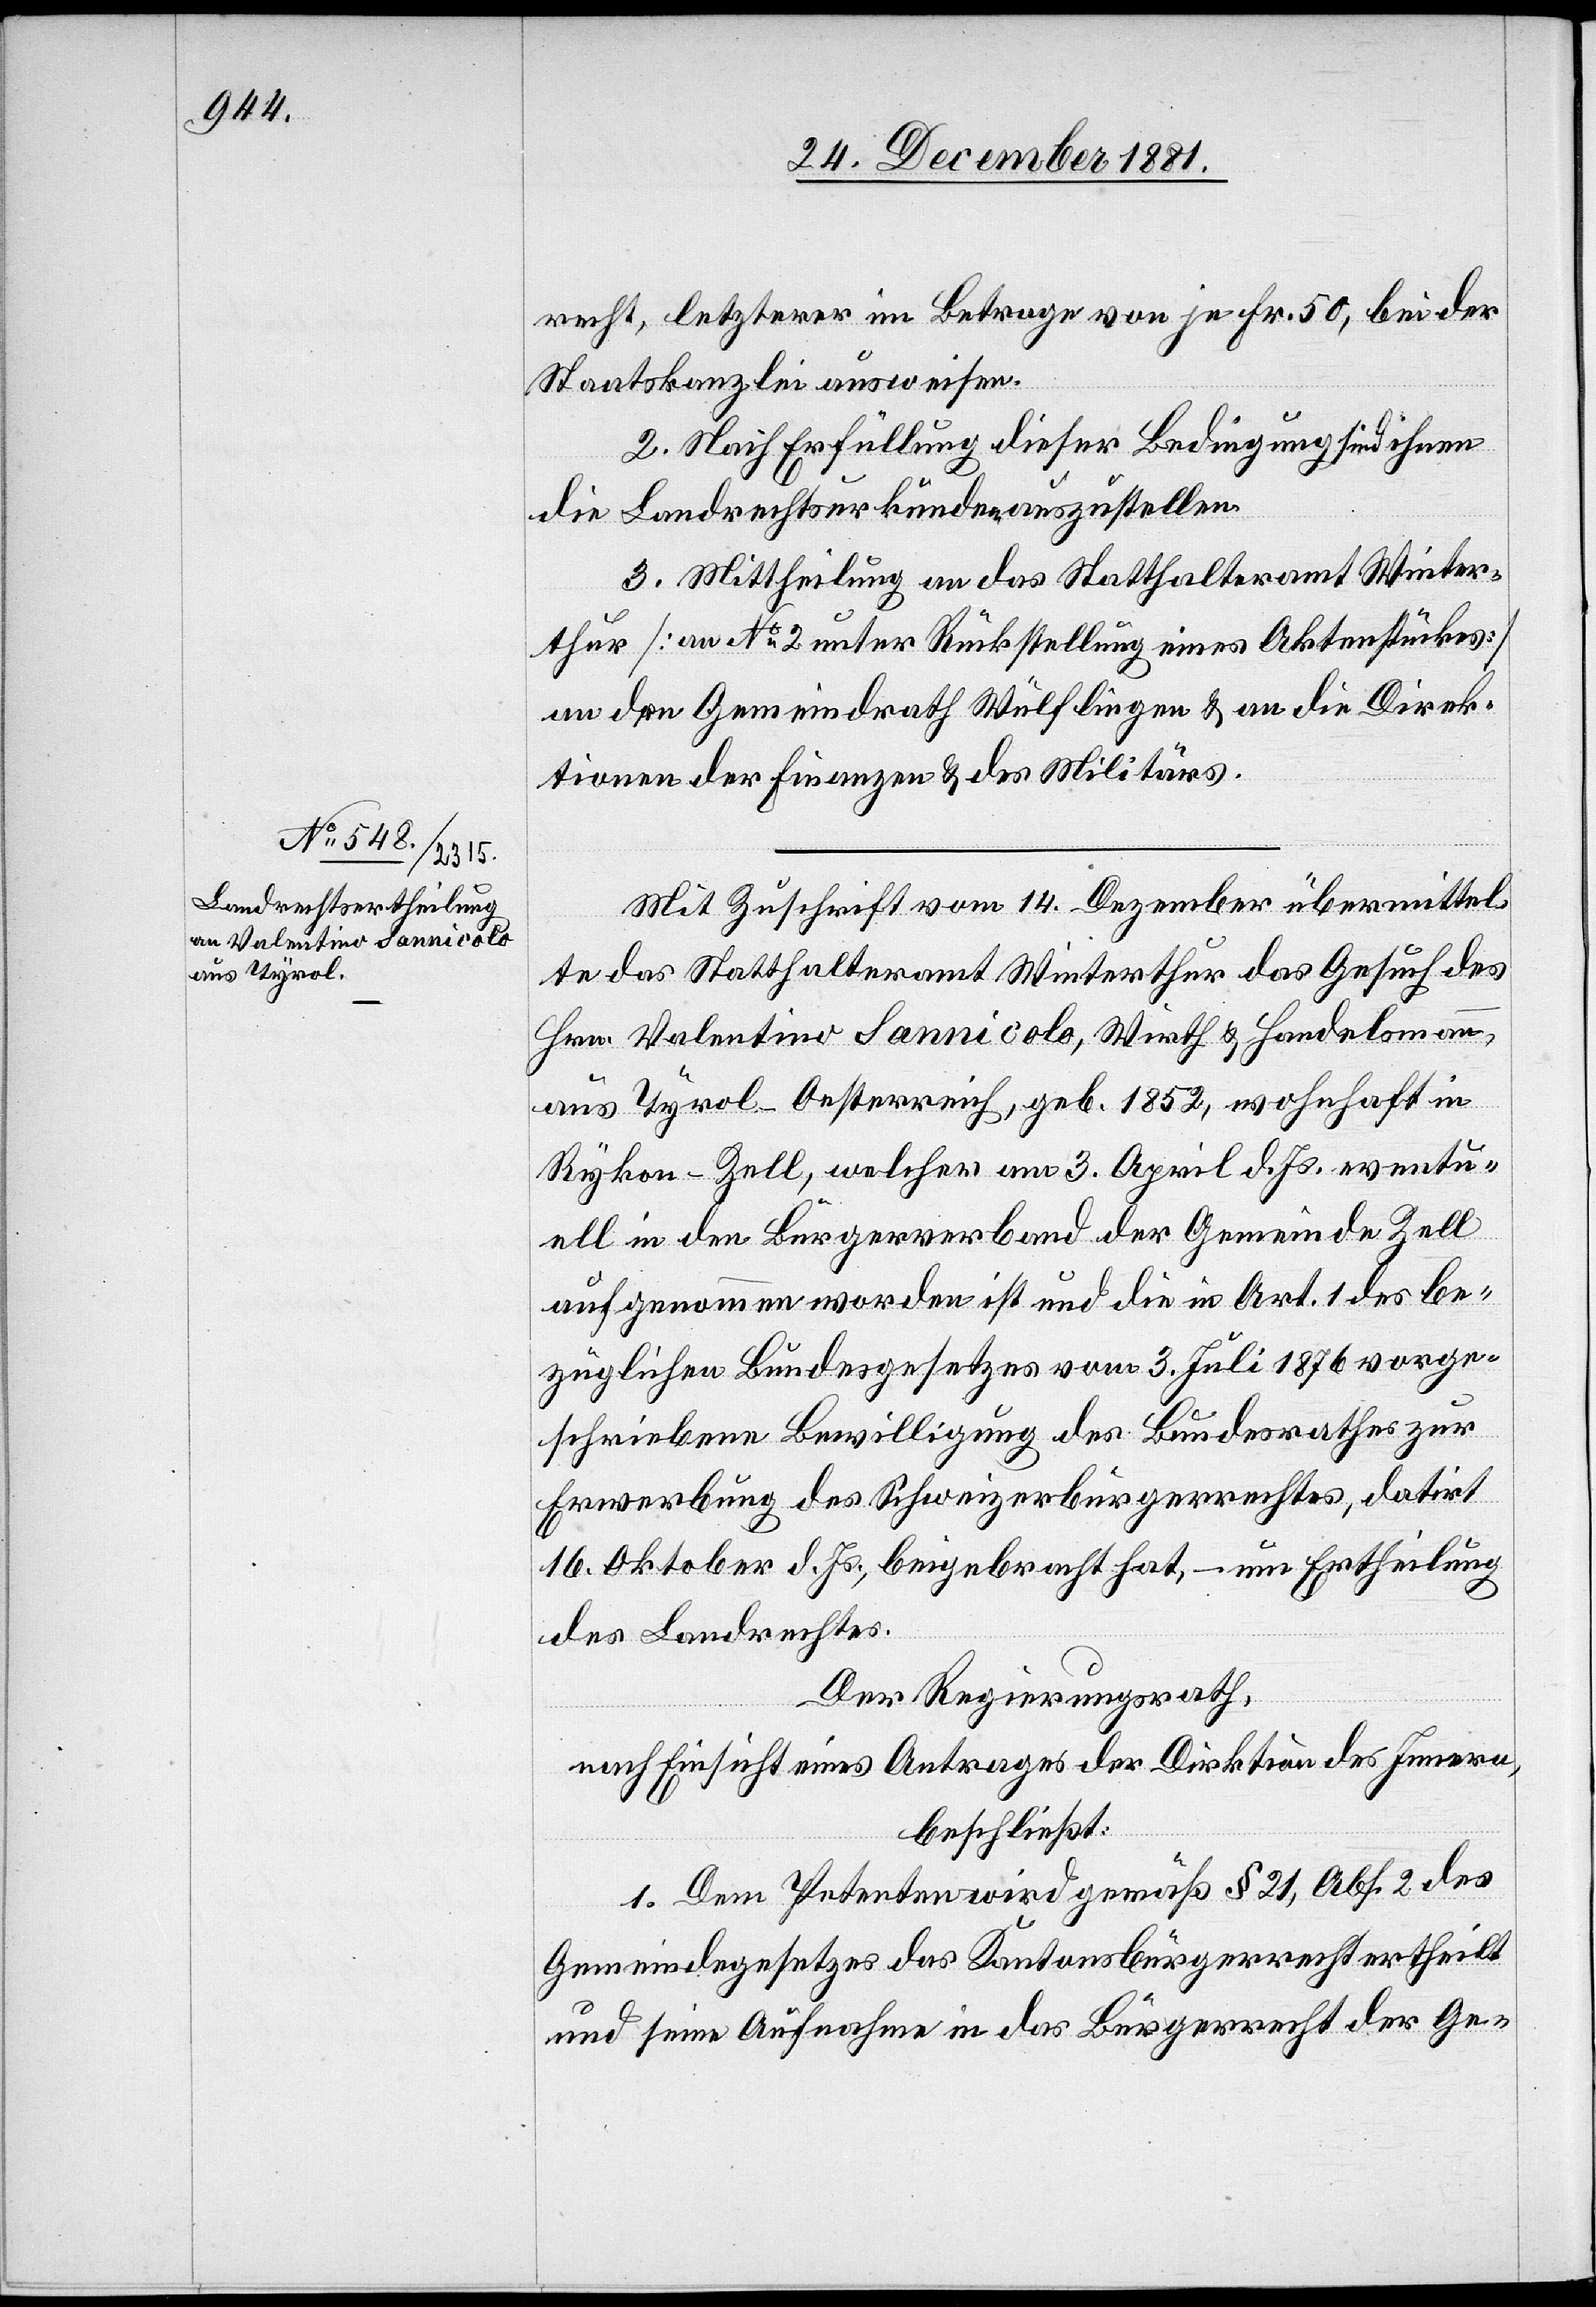
recht, letzterer im Betrage von je Fr. 50, bei der
Staatskanzlei ausweisen.
2. Nach Erfüllung dieser Bedingung sind ihnen
die Landrechtskurkunden auszustellen.
3. Mittheilung an das Statthalteramt Winter¬
thur [an No 2 unter Rückstellung eines Aktenstückes]
an den Gemeindrath Wülflingen & an die Direk¬
tionen der Finanzen & des Militärs.
Mit Zuschrift vom 14. Dezember übermittel¬
te das Statthalteramt Winterthur das Gesuch des
Hrn. Valentino Sannicolo, Wirth & Handelsmann,
aus Tyrol - Oesterreich, geb. 1852, wohnhaft in
Rykon - Zell, welcher am 3. April d. Js. eventu¬
ell in den Bürgerverband der Gemeinde Zell
aufgenommen worden ist und die in Art. 1 des be¬
züglichen Bundesgesetzes vom 3. Juli 1876 vorge¬
schriebene Bewilligung des Bundesrathes zur
Erwerbung des Schweizerbürgerrechtes, datirt
16. Oktober d. Js., beigebracht hat, – um Ertheilung
des Landrechtes.
Der Regierungsrath,
nach Einsicht eines Antrages der Direktion des Innern,
beschließt:
1. Dem Petenten wird gemäß § 21, Abs. 2 des
Gemeindegesetzes das Kantonsbürgerrecht ertheilt
und seine Aufnahme in das Bürgerrecht der Ge-